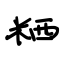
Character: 粞